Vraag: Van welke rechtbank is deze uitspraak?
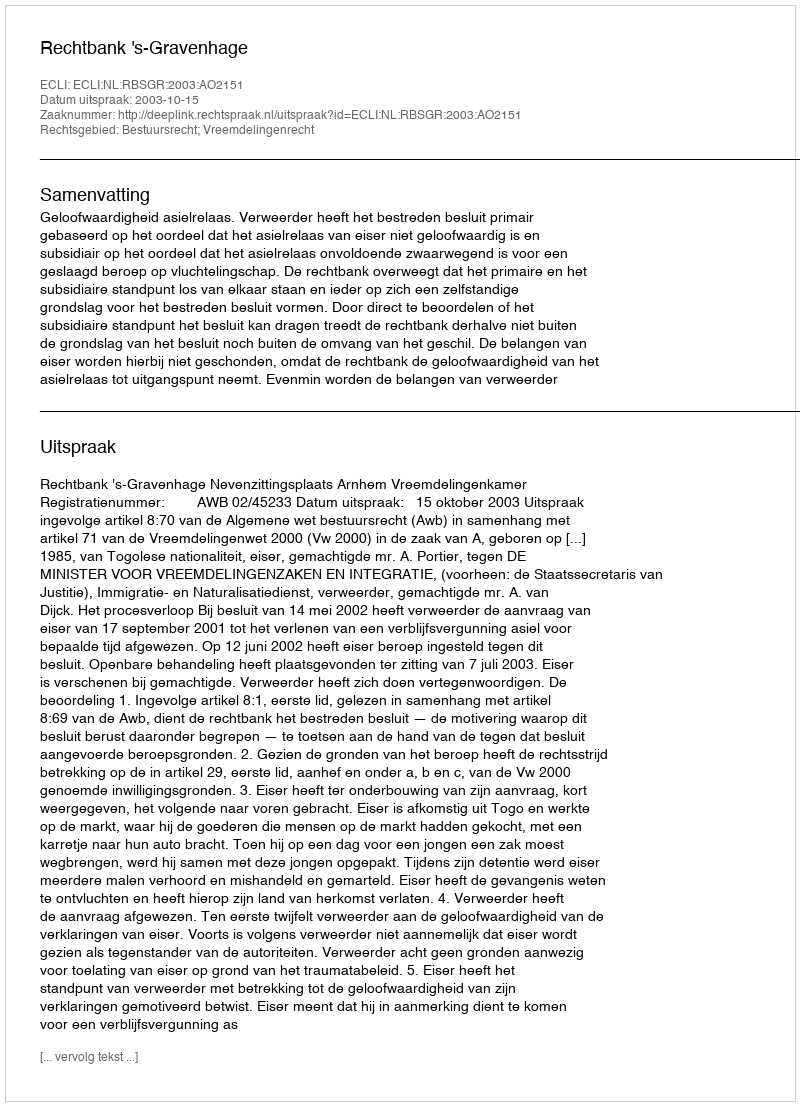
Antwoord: Rechtbank 's-Gravenhage